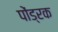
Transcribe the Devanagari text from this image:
पोंड्रक